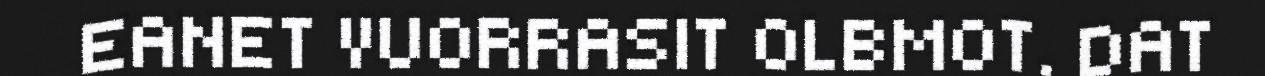
EANET VUORRASIT OLBMOT. DAT